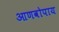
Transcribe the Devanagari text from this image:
आणवोपाय